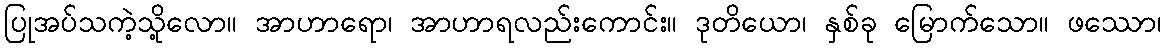
ပြုအပ်သကဲ့သို့လော။ အာဟာရော၊ အာဟာရလည်းကောင်း။ ဒုတိယော၊ နှစ်ခု မြောက်သော။ ဖဿော၊